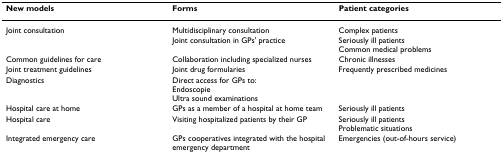
<table><thead><tr><td><b>New models</b></td><td><b>Forms</b></td><td><b>Patient categories</b></td></tr></thead><tbody><tr><td>Joint consultation</td><td>Multidisciplinary consultationJoint consultation in GPs&#x27; practice</td><td>Complex patientsSeriously ill patientsCommon medical problems</td></tr><tr><td>Common guidelines for care</td><td>Collaboration including specialized nurses</td><td>Chronic illnesses</td></tr><tr><td>Joint treatment guidelines</td><td>Joint drug formularies</td><td>Frequently prescribed medicines</td></tr><tr><td>Diagnostics</td><td>Direct access for GPs to:EndoscopieUltra sound examinations</td><td></td></tr><tr><td>Hospital care at home</td><td>GPs as a member of a hospital at home team</td><td>Seriously ill patients</td></tr><tr><td>Hospital care</td><td>Visiting hospitalized patients by their GP</td><td>Seriously ill patientsProblematic situations</td></tr><tr><td>Integrated emergency care</td><td>GPs cooperatives integrated with the hospital emergency department</td><td>Emergencies (out-of-hours service)</td></tr></tbody></table>